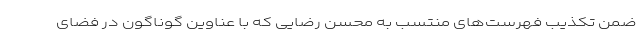
ضمن تکذیب فهرست‌های منتسب به محسن رضایی که با عناوین گوناگون در فضای